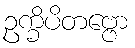
ဥက္ခိပိတဗ္ဗော